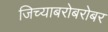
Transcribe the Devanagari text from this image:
जिच्याबरोबरोबर